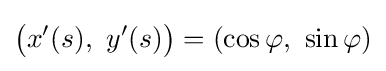
{\big (}x'(s),\ y'(s){\big )}=(\cos \varphi ,\ \sin \varphi )